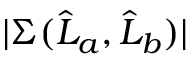
| \Sigma ( \widehat { L } _ { a } , \widehat { L } _ { b } ) |